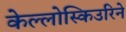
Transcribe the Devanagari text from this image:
केल्लोस्किउरिने